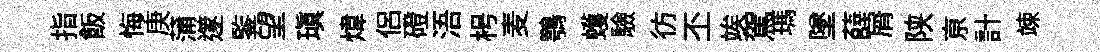
指飯悔庚蒲𨗹鍳望瑱煒侶磴浯枵麦鶚蠖驗彷丕竢駕瑪墜薛屑陕亰計竦